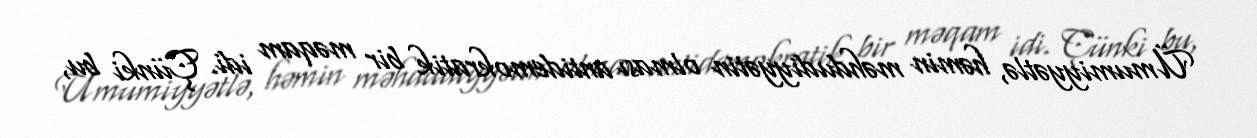
Ümumiyyətlə, həmin məhdudiyyətin olması antidemokratik bir məqam idi. Çünki bu,